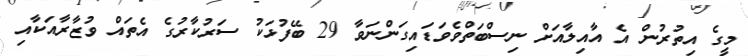
މީގެ އިތުރުން އެ އާއިލާއަށް ނިސްބަތްވެވަޑައިގަންނަވާ 29 ބޭފުޅަކު ސަރުކާރުގެ އެތައް ވުޒާރާއަކާއި